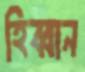
হিব্বান